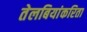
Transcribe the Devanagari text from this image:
तेलबियांकरिता